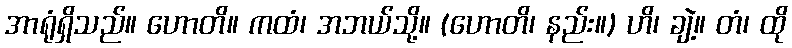
အာရုံရှိသည်။ ဟောတိ။ ကထံ၊ အဘယ်သို့။ (ဟောတိ၊ နည်း။) ဟိ၊ ချဲ့။ တံ၊ ထို